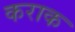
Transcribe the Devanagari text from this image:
कराक